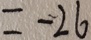
= - 2 6